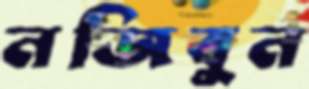
নজিবুন